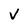
Character: V